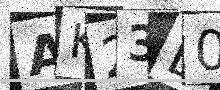
Text: AK23D0